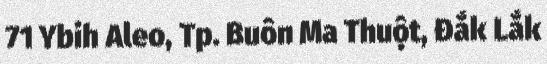
71 Ybih Aleo, Tp. Buôn Ma Thuột, Đắk Lắk